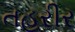
તહરીર